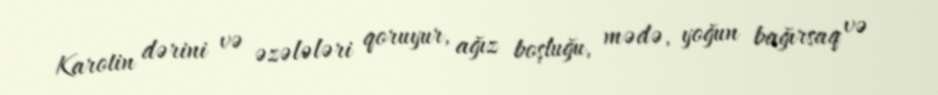
Karotin dərini və əzələləri qoruyur, ağız boşluğu, mədə, yoğun bağırsaq və